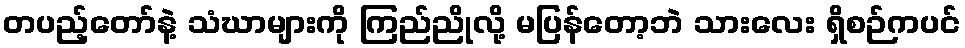
တပည့်တော်နဲ့ သံဃာများကို ကြည်ညိုလို့ မပြန်တော့ဘဲ သားလေး ရှိစဉ်ကပင်